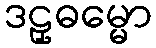
ဒဠှဓမ္မော